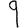
Digit: 9